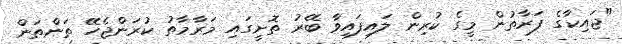
"ޖައިކާގެ ފަރާތުން މީގެ ކުރިން ލައިފައިވާ ބޭރު ތޮށީގައި މަރާމާތު ކުރަންޖެހޭ ތަންތަން